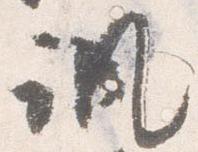
諷